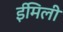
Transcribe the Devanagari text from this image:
ईमिली